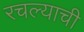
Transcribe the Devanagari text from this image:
रचल्याची